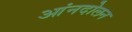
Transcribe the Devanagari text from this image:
आंनदोलन